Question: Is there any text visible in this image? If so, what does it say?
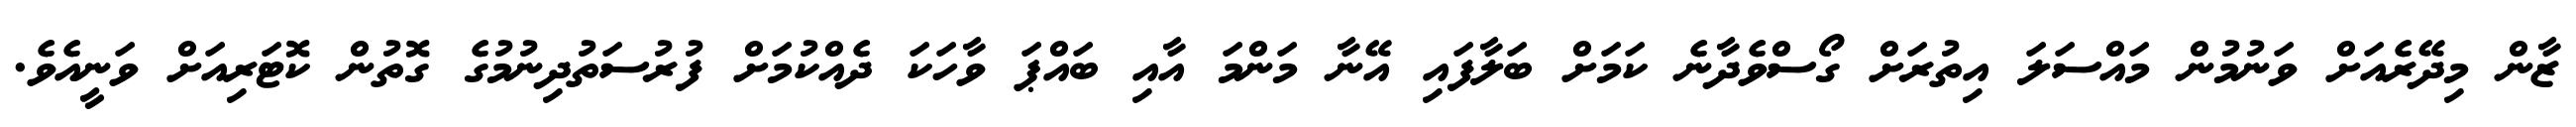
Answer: ޒާން މިދޭރެއަށް ވަނުމުން މައްސަލަ އިތުރަށް ގޯސްވެދާނެ ކަމަށް ބަލާފައި އޭނާ މަންމަ އާއި ބައްޕަ ވާހަކަ ދެއްކުމަށް ފުރުސަތުދިނުމުގެ ގޮތުން ކޮޓަރިއަށް ވަނީއެވެ.